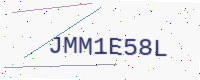
Text: JMM1E58L